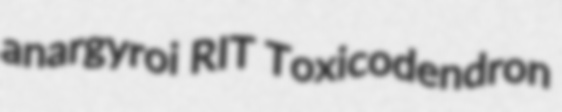
anargyroi RIT Toxicodendron